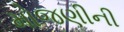
મોજણીની